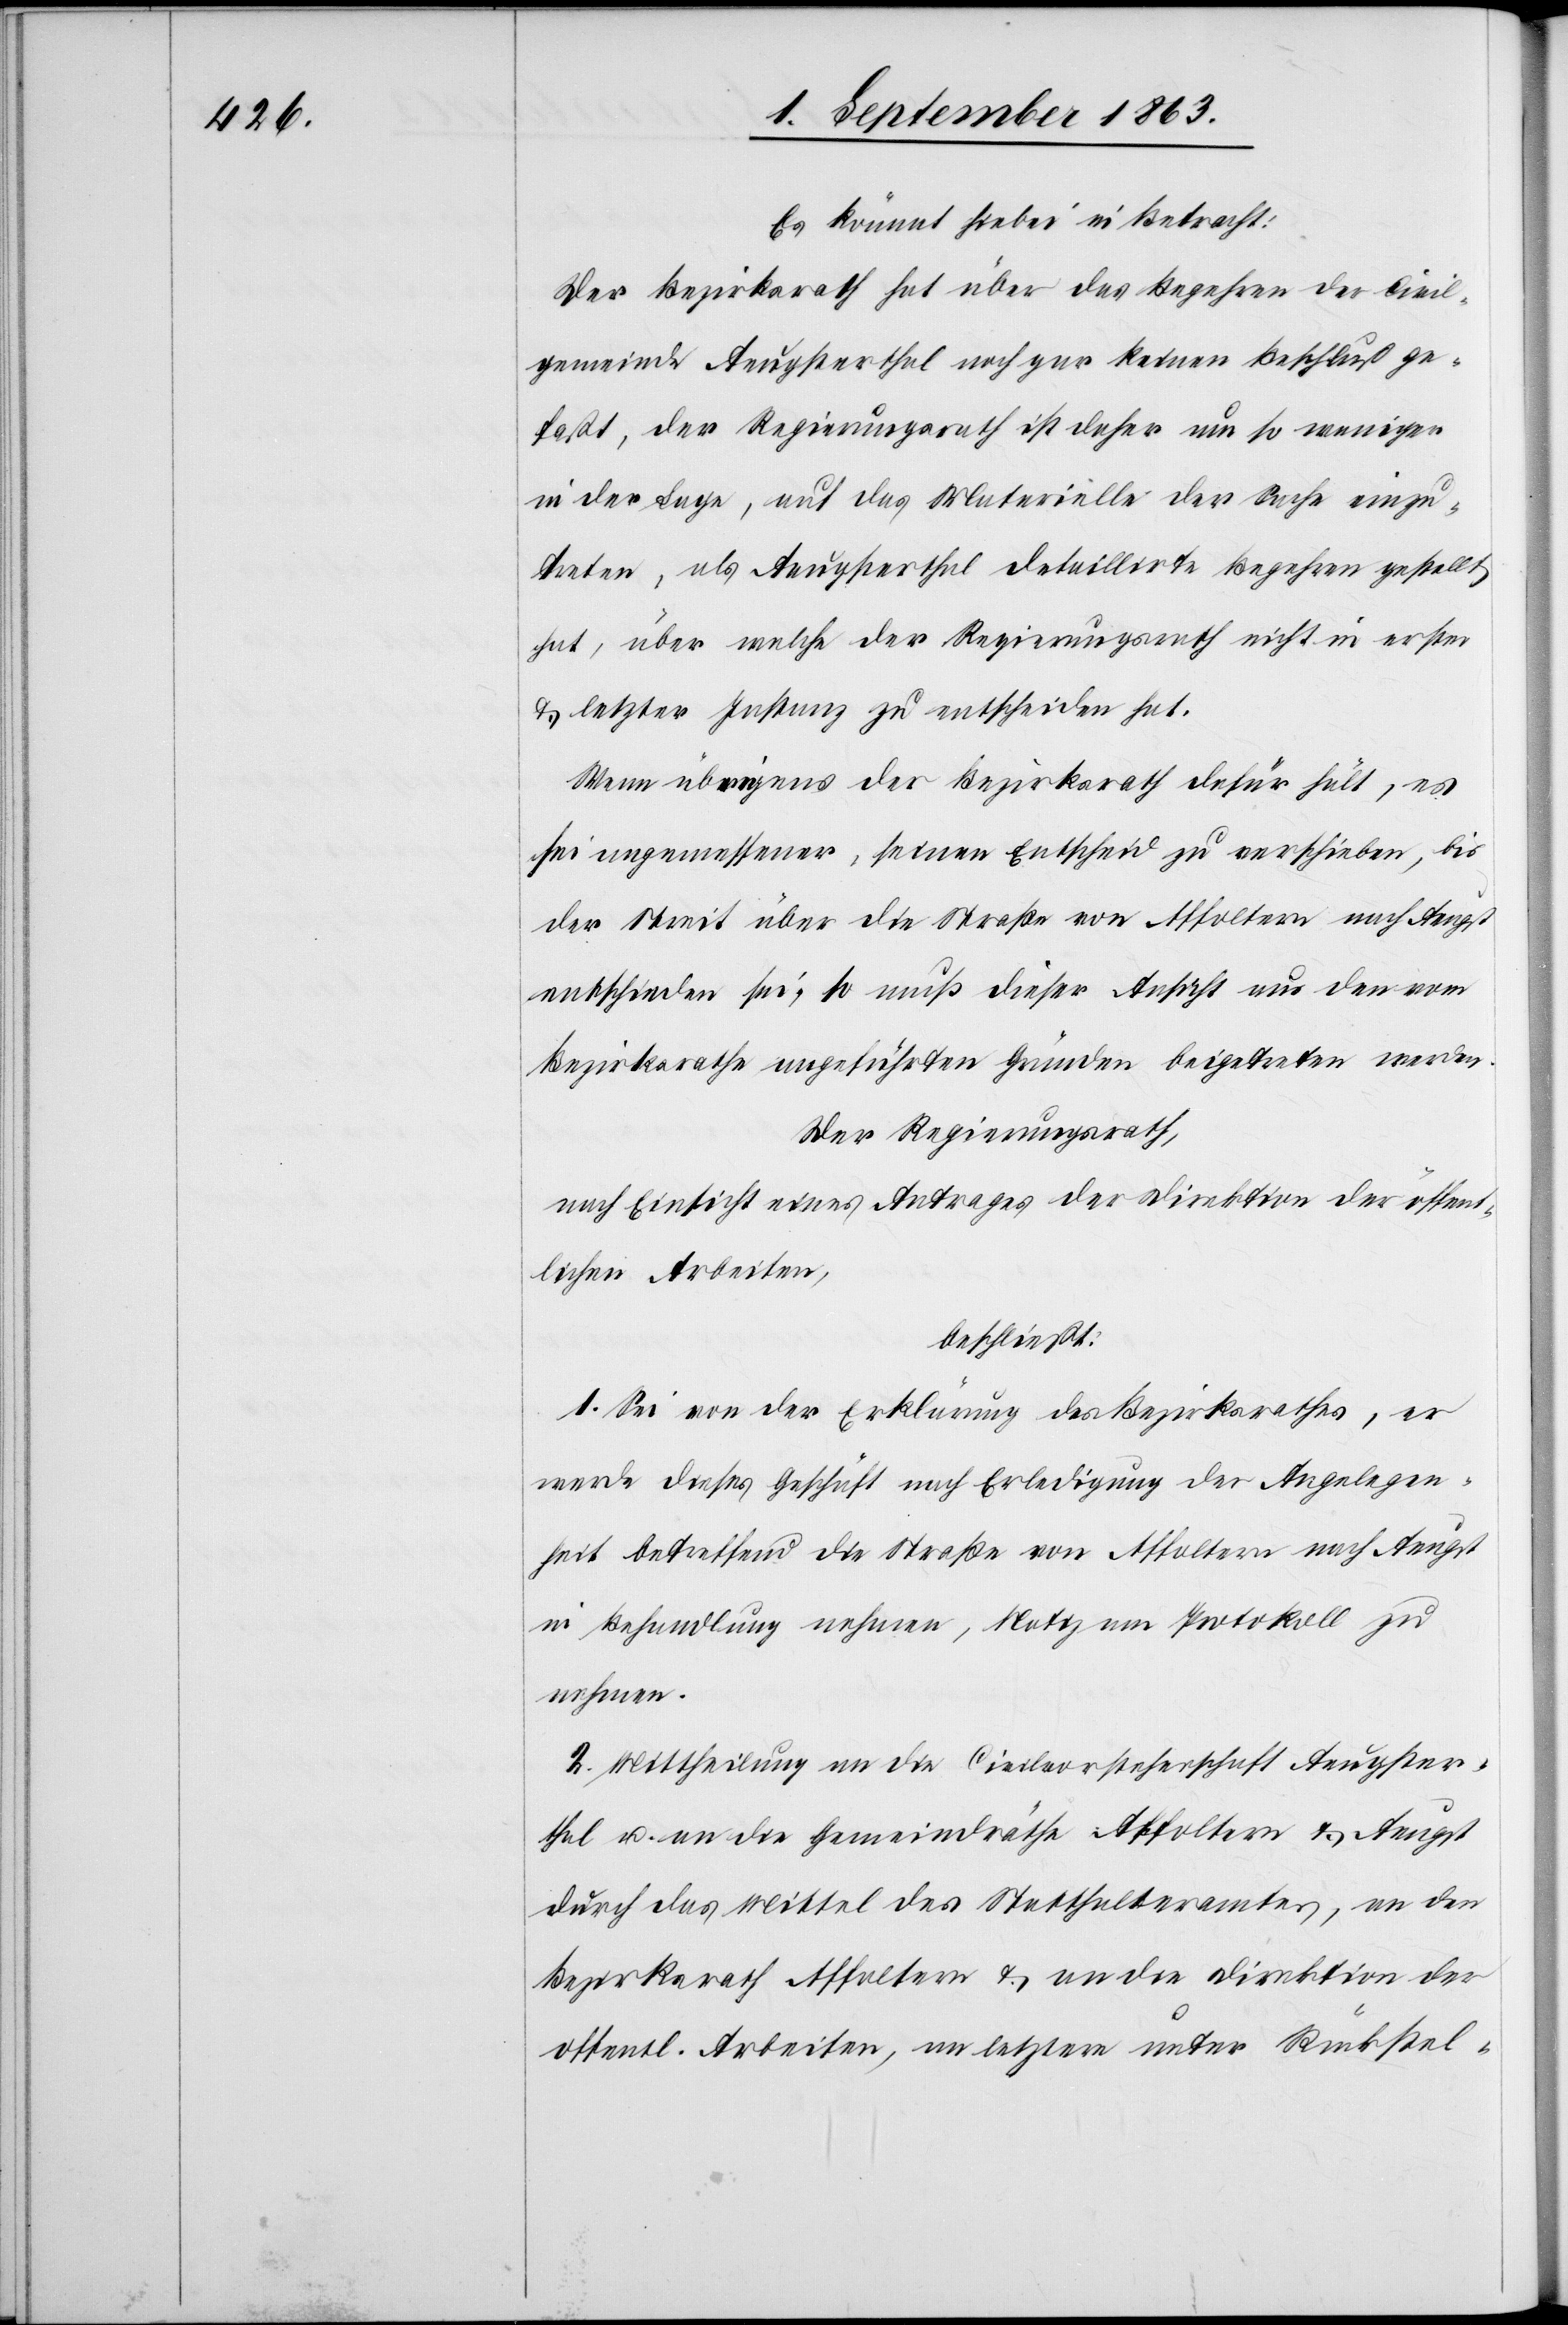
Es kömmt hiebei in Betracht:
Der Bezirksrath hat über das Begehren der Civil¬
gemeinde Aeugsterthal noch gar keinen Beschluß ge¬
faßt, der Regierungsrath ist daher um so weniger
in der Lage, auf das Materielle der Sache einzu¬
treten, als Aeugsterthal detaillirte Begehren gestellt
hat, über welche der Regierungsrath nicht in erster
& letzter Instanz zu entscheiden hat.
Wenn übrigens der Bezirksrath dafür hält, es
sei angemessener, seinen Entscheid zu verschieben, bis
der Streit über die Straße von Affoltern nach Aeugst
entschieden sei, so muß dieser Ansicht aus den vom
Bezirksrathe angeführten Gründen beigetreten werden.
Der Regierungsrath,
nach Einsicht eines Antrages der Direktion der öffent¬
lichen Arbeiten,
beschließt:
1. Sei von der Erklärung des Bezirksrathes, er
werde dieses Geschäft nach Erledigung der Angelegen¬
heit betreffend die Straße von Affoltern nach Aeugst
in Behandlung nehmen, Notiz am Protokoll zu
nehmen.
2. Mittheilung an die Civilvorsteherschaft Aeugster¬
thal u. an die Gemeindräthe Affoltern & Aeugst
durch das Mittel des Statthalteramtes, an den
Bezirksrath Affoltern & an die Direktion der
[sic!] Arbeiten, an letztere unter Rückstel-